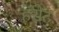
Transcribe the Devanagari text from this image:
हॅसेट